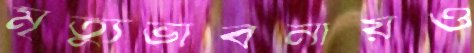
মৃত্যুভাবনায়ও